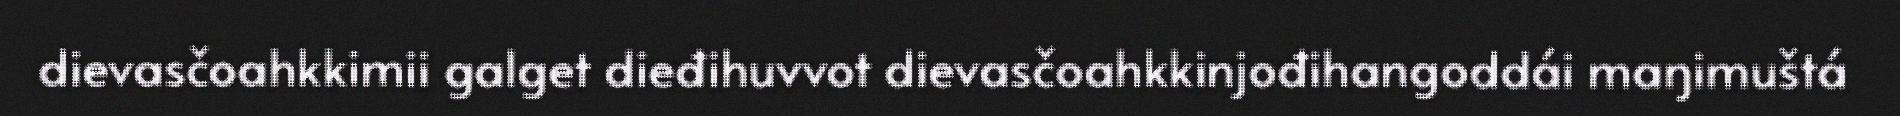
dievasčoahkkimii galget dieđihuvvot dievasčoahkkinjođihangoddái maŋimuštá